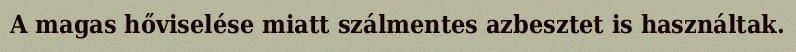
A magas hőviselése miatt szálmentes azbesztet is használtak.